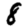
Digit: 8